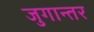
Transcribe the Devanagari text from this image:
जुगान्तर